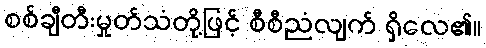
စစ်ချီတီးမှုတ်သံတို့ဖြင့် စီစီညံလျက် ရှိလေ၏။